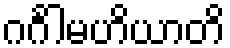
ဂင်္ဂါမဟိယာတိ